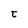
Character: t